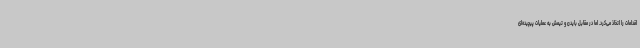
اقدامات را اتخاذ می‌کرد. اما در مقابل بایدن و تیمش به عملیات پیچیده‌ای